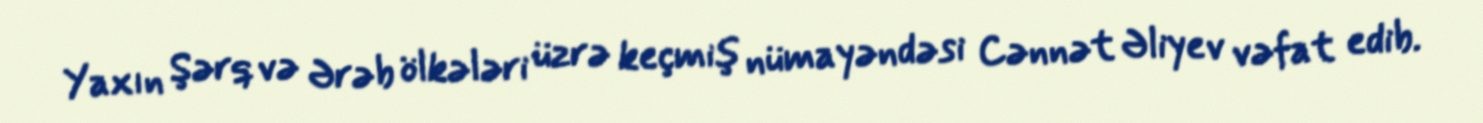
Yaxın Şərq və Ərəb ölkələri üzrə keçmiş nümayəndəsi Cənnət Əliyev vəfat edib.